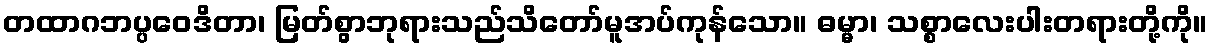
တထာဂဘပ္ပဝေဒိတာ၊ မြတ်စွာဘုရားသည်သိတော်မူအပ်ကုန်သော။ ဓမ္မာ၊ သစ္စာလေးပါးတရားတို့ကို။